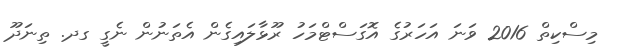
މިސްކިތް 2016 ވަނަ އަހަރުގެ އޮގަސްޓްމަހު ރޫޅާލައިގެން އެތަނުން ނެގީ ގދ. ތިނަދޫ